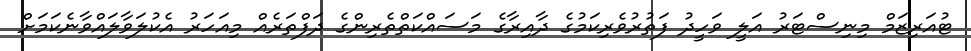
ޓުއަރިޒަމް މިނިސްޓަރު އަލީ ވަހީދު ފަތުރުވެރިކަމުގެ ދާއިރާގެ މަސައްކަތްތެރިންގެ ދަފްތަރެއް މިއަހަރު އެކުލަވާލައްވާނެކަމަށް